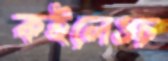
কইলেওচ